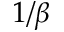
1 / \beta